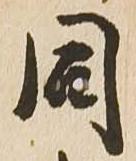
同